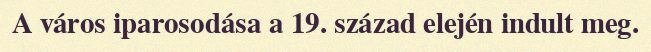
A város iparosodása a 19. század elején indult meg.